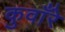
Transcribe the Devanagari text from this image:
कुवाँरे